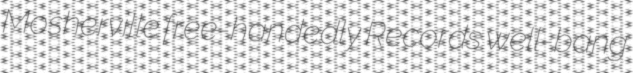
Mosherville free-handedly Records well-bang